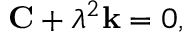
{ \mathbf C } + \lambda ^ { 2 } { \mathbf k } = 0 ,